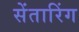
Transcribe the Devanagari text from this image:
सेंतारिंग